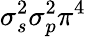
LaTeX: \sigma_{s}^{2}\sigma_{p}^{2}\pi^{4}